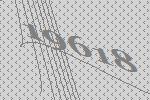
19618